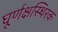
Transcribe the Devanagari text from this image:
घूर्णक्षस्थिरक